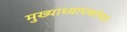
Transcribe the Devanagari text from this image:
मुख्याध्यापकांच्या